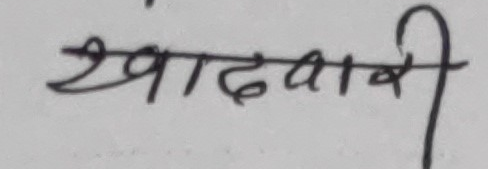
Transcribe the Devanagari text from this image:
खादबारी